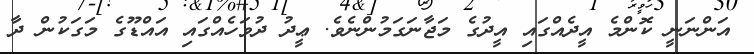
އަންނަނީ ކޮންމެ އީދެއްގައި އީދުގެ މަޖާނަގަމުންނެވެ. ޢީދު ދުވަހެއްގައި އައްޑޫގެ މަގަކުން ދާ